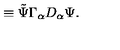
\equiv { \tilde { \Psi } } \Gamma _ { \alpha } D _ { \alpha } \Psi .